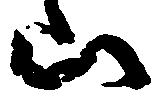
山